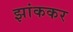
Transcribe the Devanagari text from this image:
झांककर